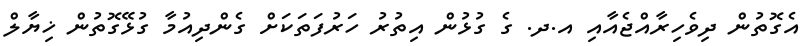
އެގޮތުން ދިވެހިރާއްޖެއާއި އ.ދ. ގެ ގުޅުން އިތުރު ހަރުފަތަކަށް ގެންދިއުމާ ގުޅޭގޮތުން ޚިޔާލް